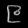
Digit: ၉